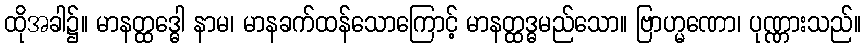
ထိုအခါ၌။ မာနတ္ထဒ္ဓေါ နာမ၊ မာနခက်ထန်သောကြောင့် မာနတ္ထဒ္ဓမည်သော။ ဗြာဟ္မဏော၊ ပုဏ္ဏားသည်။